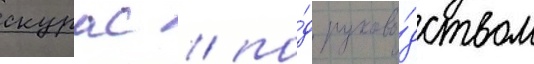
скурас / по́д руково́дством